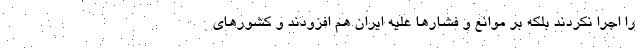
را اجرا نکردند بلکه بر موانع و فشارها علیه ایران هم افزودند و کشورهای